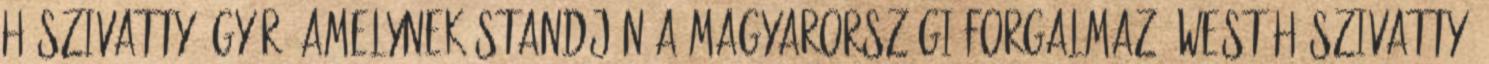
hőszivattyú gyár, amelynek standján a magyarországi forgalmazó WEST Hőszivattyú